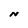
Character: N